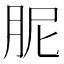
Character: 胒